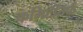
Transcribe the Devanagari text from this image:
कमिटीतर्फ